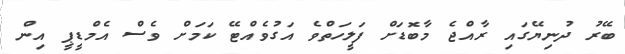
ބޭރު ދުނިޔޭގައި ރާއްޖެ މާބޮޑަށް ފަލީހަތްވެ އަގުވެއްޓޭ ކަމަށް ވެސް އެމްޑީޕީ އިން